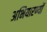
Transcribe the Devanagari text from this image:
अभियारण्यों